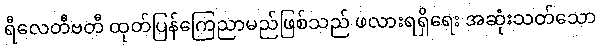
ရီလေတီဗတီ ထုတ်ပြန်ကြေညာမည်ဖြစ်သည် ဖလားရရှိရေး အဆုံးသတ်သော